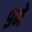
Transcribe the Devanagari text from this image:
९मे